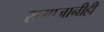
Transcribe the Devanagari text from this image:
समाजानीही